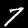
Label: 7